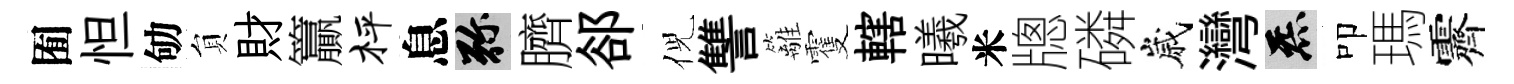
囿怛劬貟財籯枰息弥臍郤倪讐籬䨥轄曦米牕磷嵗灣炁叩瑪霽